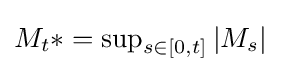
M_{t}*=\operatorname {sup} _{s\in [0,t]}|M_{s}|